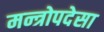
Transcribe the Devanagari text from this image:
मन्त्रोपदेसा